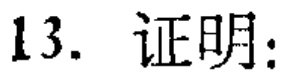
13. 证明：